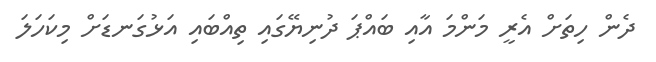
ދެން ހިތަށް އެރީ މަންމަ އާއި ބައްޕަ ދުނިޔޭގައި ތިއްބައި އަޅުގަނޑަށް މިކަހަލަ